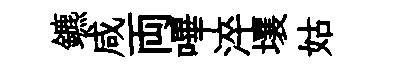
鑣咸両嗶淬壤姑